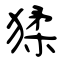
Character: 猱